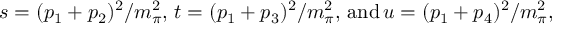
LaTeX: s = ( p _ { 1 } + p _ { 2 } ) ^ { 2 } / m _ { \pi } ^ { 2 } , \, t = ( p _ { 1 } + p _ { 3 } ) ^ { 2 } / m _ { \pi } ^ { 2 } , \, \mathrm { a n d } \, u = ( p _ { 1 } + p _ { 4 } ) ^ { 2 } / m _ { \pi } ^ { 2 } ,